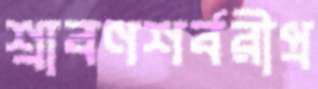
শ্রাবণশর্বরীপ্র